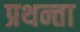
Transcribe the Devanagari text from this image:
प्रथन्ता